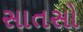
સાતસો